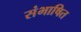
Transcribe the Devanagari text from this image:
संभाषित